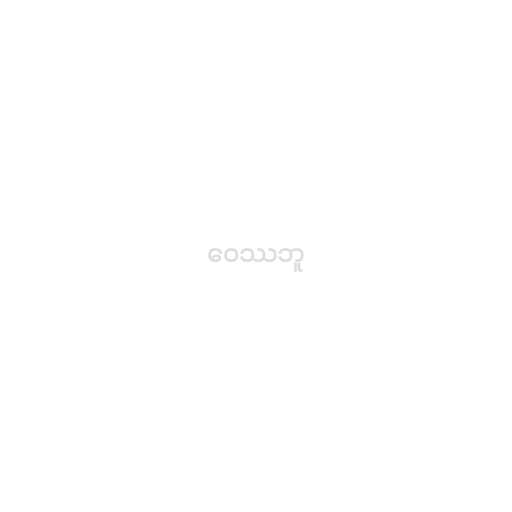
ဝေဿဘူ